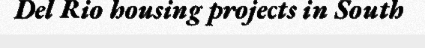
Del Rio housing projects in South